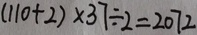
( 1 1 0 + 2 ) \times 3 7 \div 2 = 2 0 7 2